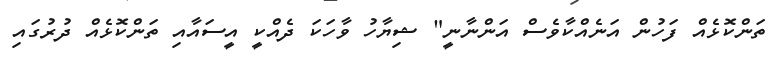
ތަންކޮޅެއް ފަހުން އަނެއްކާވެސް އަންނާނީ" ޝިޔާހު ވާހަކަ ދެއްކީ އީސައާއި ތަންކޮޅެއް ދުރުގައި